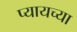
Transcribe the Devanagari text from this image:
प्यायच्या